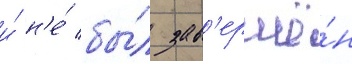
и́ н'е́ бы́л зав'ершё́н